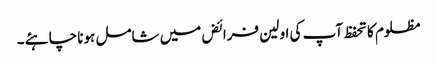
مظلوم کا تحفظ آپ کی اولین فرائض میں شامل ہونا چاہئے۔